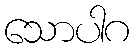
သောပါဂ